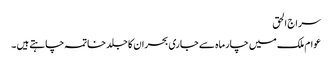
سراج الحق
عوام ملک میں چارماہ سے جاری بحران کا جلد خاتمہ چاہتے ہیں ۔